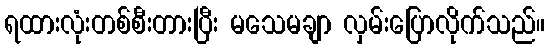
ရထားလုံးတစ်စီးတားပြီး မသေမချာ လှမ်းပြောလိုက်သည်။